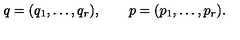
q = ( q _ { 1 } , \ldots , q _ { r } ) , \qquad p = ( p _ { 1 } , \ldots , p _ { r } ) .